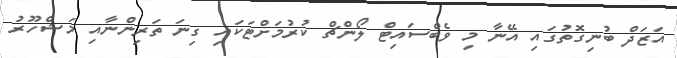
އަޒަދް ބުނިގޮތުގައި އޭނާ މި ވެބްސައިޓް ލޯންޗް ކުރުމަށްޓަކައި ގިނަ ތަރިންނާއި މަޝްހޫރު